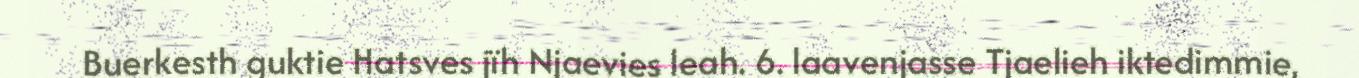
Buerkesth guktie Hatsves jïh Njaevies leah. 6. laavenjasse Tjaelieh iktedimmie,